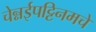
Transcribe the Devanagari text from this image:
चेन्नईपट्टिनमचे